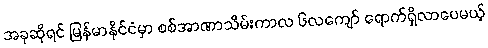
အခုဆိုရင် မြန်မာနိုင်ငံမှာ စစ်အာဏာသိမ်းကာလ ၆လကျော် ရောက်ရှိလာပေမယ့်